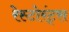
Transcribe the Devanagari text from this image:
रेस्टोरंट्स